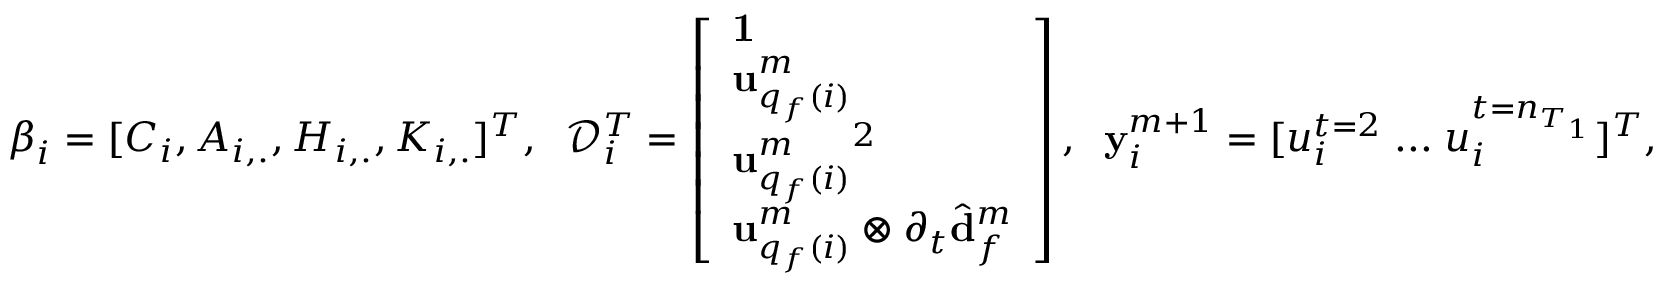
\boldsymbol { \beta } _ { i } = [ C _ { i } , A _ { i , . } , H _ { i , . } , K _ { i , . } ] ^ { T } , \; \; \mathcal { D } _ { i } ^ { T } = \left[ \begin{array} { l } { \mathbf { 1 } } \\ { \mathbf { u } _ { q _ { f } ( i ) } ^ { m } } \\ { { \mathbf { u } _ { q _ { f } ( i ) } ^ { m } } ^ { 2 } } \\ { \mathbf { u } _ { q _ { f } ( i ) } ^ { m } \otimes \partial _ { t } \hat { \mathbf { d } } _ { f } ^ { m } } \end{array} \right] , \; \; \mathbf { y } _ { i } ^ { m + 1 } = [ u _ { i } ^ { t = 2 } \; . . . \; u _ { i } ^ { t = n _ { T _ { 1 } } } ] ^ { T } ,